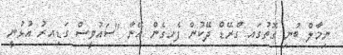
ނިމާލް ބުނި ގޮތުގައި ގްރޭޑް ދޭކުން ފެށިގެން އޭނާ "ސައުވީސް ގަޑިއރު އުޅުނީ